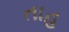
તાહ